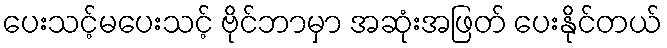
ပေးသင့်မပေးသင့် ဗိုင်ဘာမှာ အဆုံးအဖြတ် ပေးနိုင်တယ်